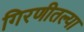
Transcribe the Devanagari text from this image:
गिरणीतल्या